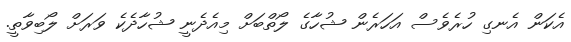
އެކަން އެނގި ހުރެވެސް އަހަރެން ޝުހާގެ ލޯތްބަށް މިއެދެނީ ޝުހާދެކެ ވަރަށް ލޯބިވާތީ.